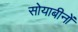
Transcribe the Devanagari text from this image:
सोयाबीनों